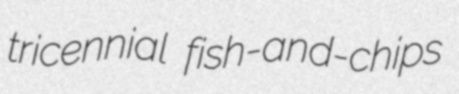
tricennial fish-and-chips